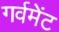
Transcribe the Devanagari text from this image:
गर्वमेंट